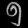
Digit: ၅